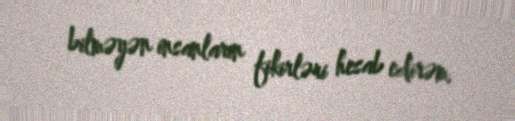
bilməyən insanların fikirləri hesab edirəm.